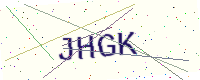
Text: JHGK